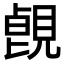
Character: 𧡑